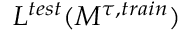
L ^ { t e s t } ( M ^ { \tau , t r a i n } )